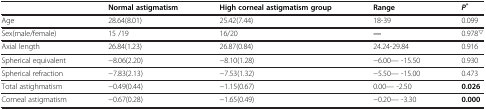
<table><thead><tr><td><b> </b></td><td><b>Normal astigmatism</b></td><td><b>High corneal astigmatism group</b></td><td><b>Range</b></td><td><b><i>P</i><sup>*</sup></b></td></tr></thead><tbody><tr><td>Age</td><td>28.64(8.01)</td><td>25.42(7.44)</td><td>18-39</td><td>0.099</td></tr><tr><td>Sex(male/female)</td><td>15 /19</td><td>16/20</td><td><b>—</b></td><td>0.978<sup><b>△</b></sup></td></tr><tr><td>Axial length</td><td>26.84(1.23)</td><td>26.87(0.84)</td><td>24.24-29.84</td><td>0.916</td></tr><tr><td>Spherical equivalent</td><td>−8.06(2.20)</td><td>−8.10(1.28)</td><td>−6.00— -15.50</td><td>0.930</td></tr><tr><td>Spherical refraction</td><td>−7.83(2.13)</td><td>−7.53(1.32)</td><td>−5.50— -15.00</td><td>0.473</td></tr><tr><td>Total astighmatism</td><td>−0.49(0.44)</td><td>−1.15(0.67)</td><td>0.00— -2.50</td><td><b>0.026</b></td></tr><tr><td>Corneal astigmatism</td><td>−0.67(0.28)</td><td>−1.65(0.49)</td><td>−0.20— -3.30</td><td><b>0.000</b></td></tr></tbody></table>